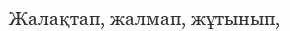
Жалақтап, жалмап, жұтынып,